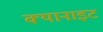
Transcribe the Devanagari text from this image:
क्यानाइट